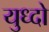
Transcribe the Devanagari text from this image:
युध्दो